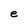
Character: e